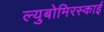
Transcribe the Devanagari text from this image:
ल्युबोमिरस्काई